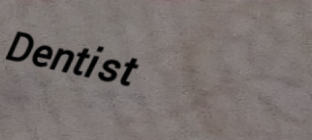
Dentist